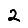
Digit: 2